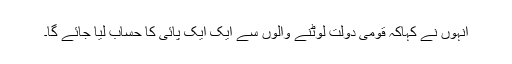
انہوں نے کہاکہ قومی دولت لوٹنے والوں سے ایک ایک پائی کا حساب لیا جائے گا۔